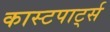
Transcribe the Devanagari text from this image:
कास्टपार्ट्स